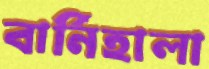
বার্নিহালা